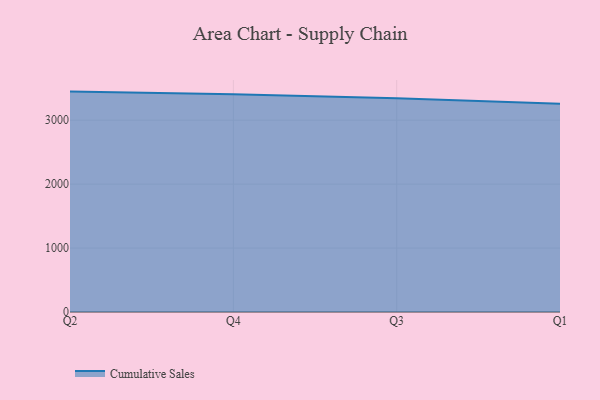
{"axis": {"x": "Quarter", "y": "Net Income (USD K)"}, "legend": ["Cumulative Sales"], "data": [{"x": "Q2", "y": 3447.6, "type": "Cumulative Sales"}, {"x": "Q4", "y": 3405.3, "type": "Cumulative Sales"}, {"x": "Q3", "y": 3342.4, "type": "Cumulative Sales"}, {"x": "Q1", "y": 3256.6, "type": "Cumulative Sales"}]}